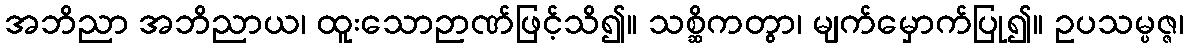
အဘိညာ အဘိညာယ၊ ထူးသောဉာဏ်ဖြင့်သိ၍။ သစ္ဆိကတွာ၊ မျက်မှောက်ပြု၍။ ဥပသမ္ပဇ္ဇ၊